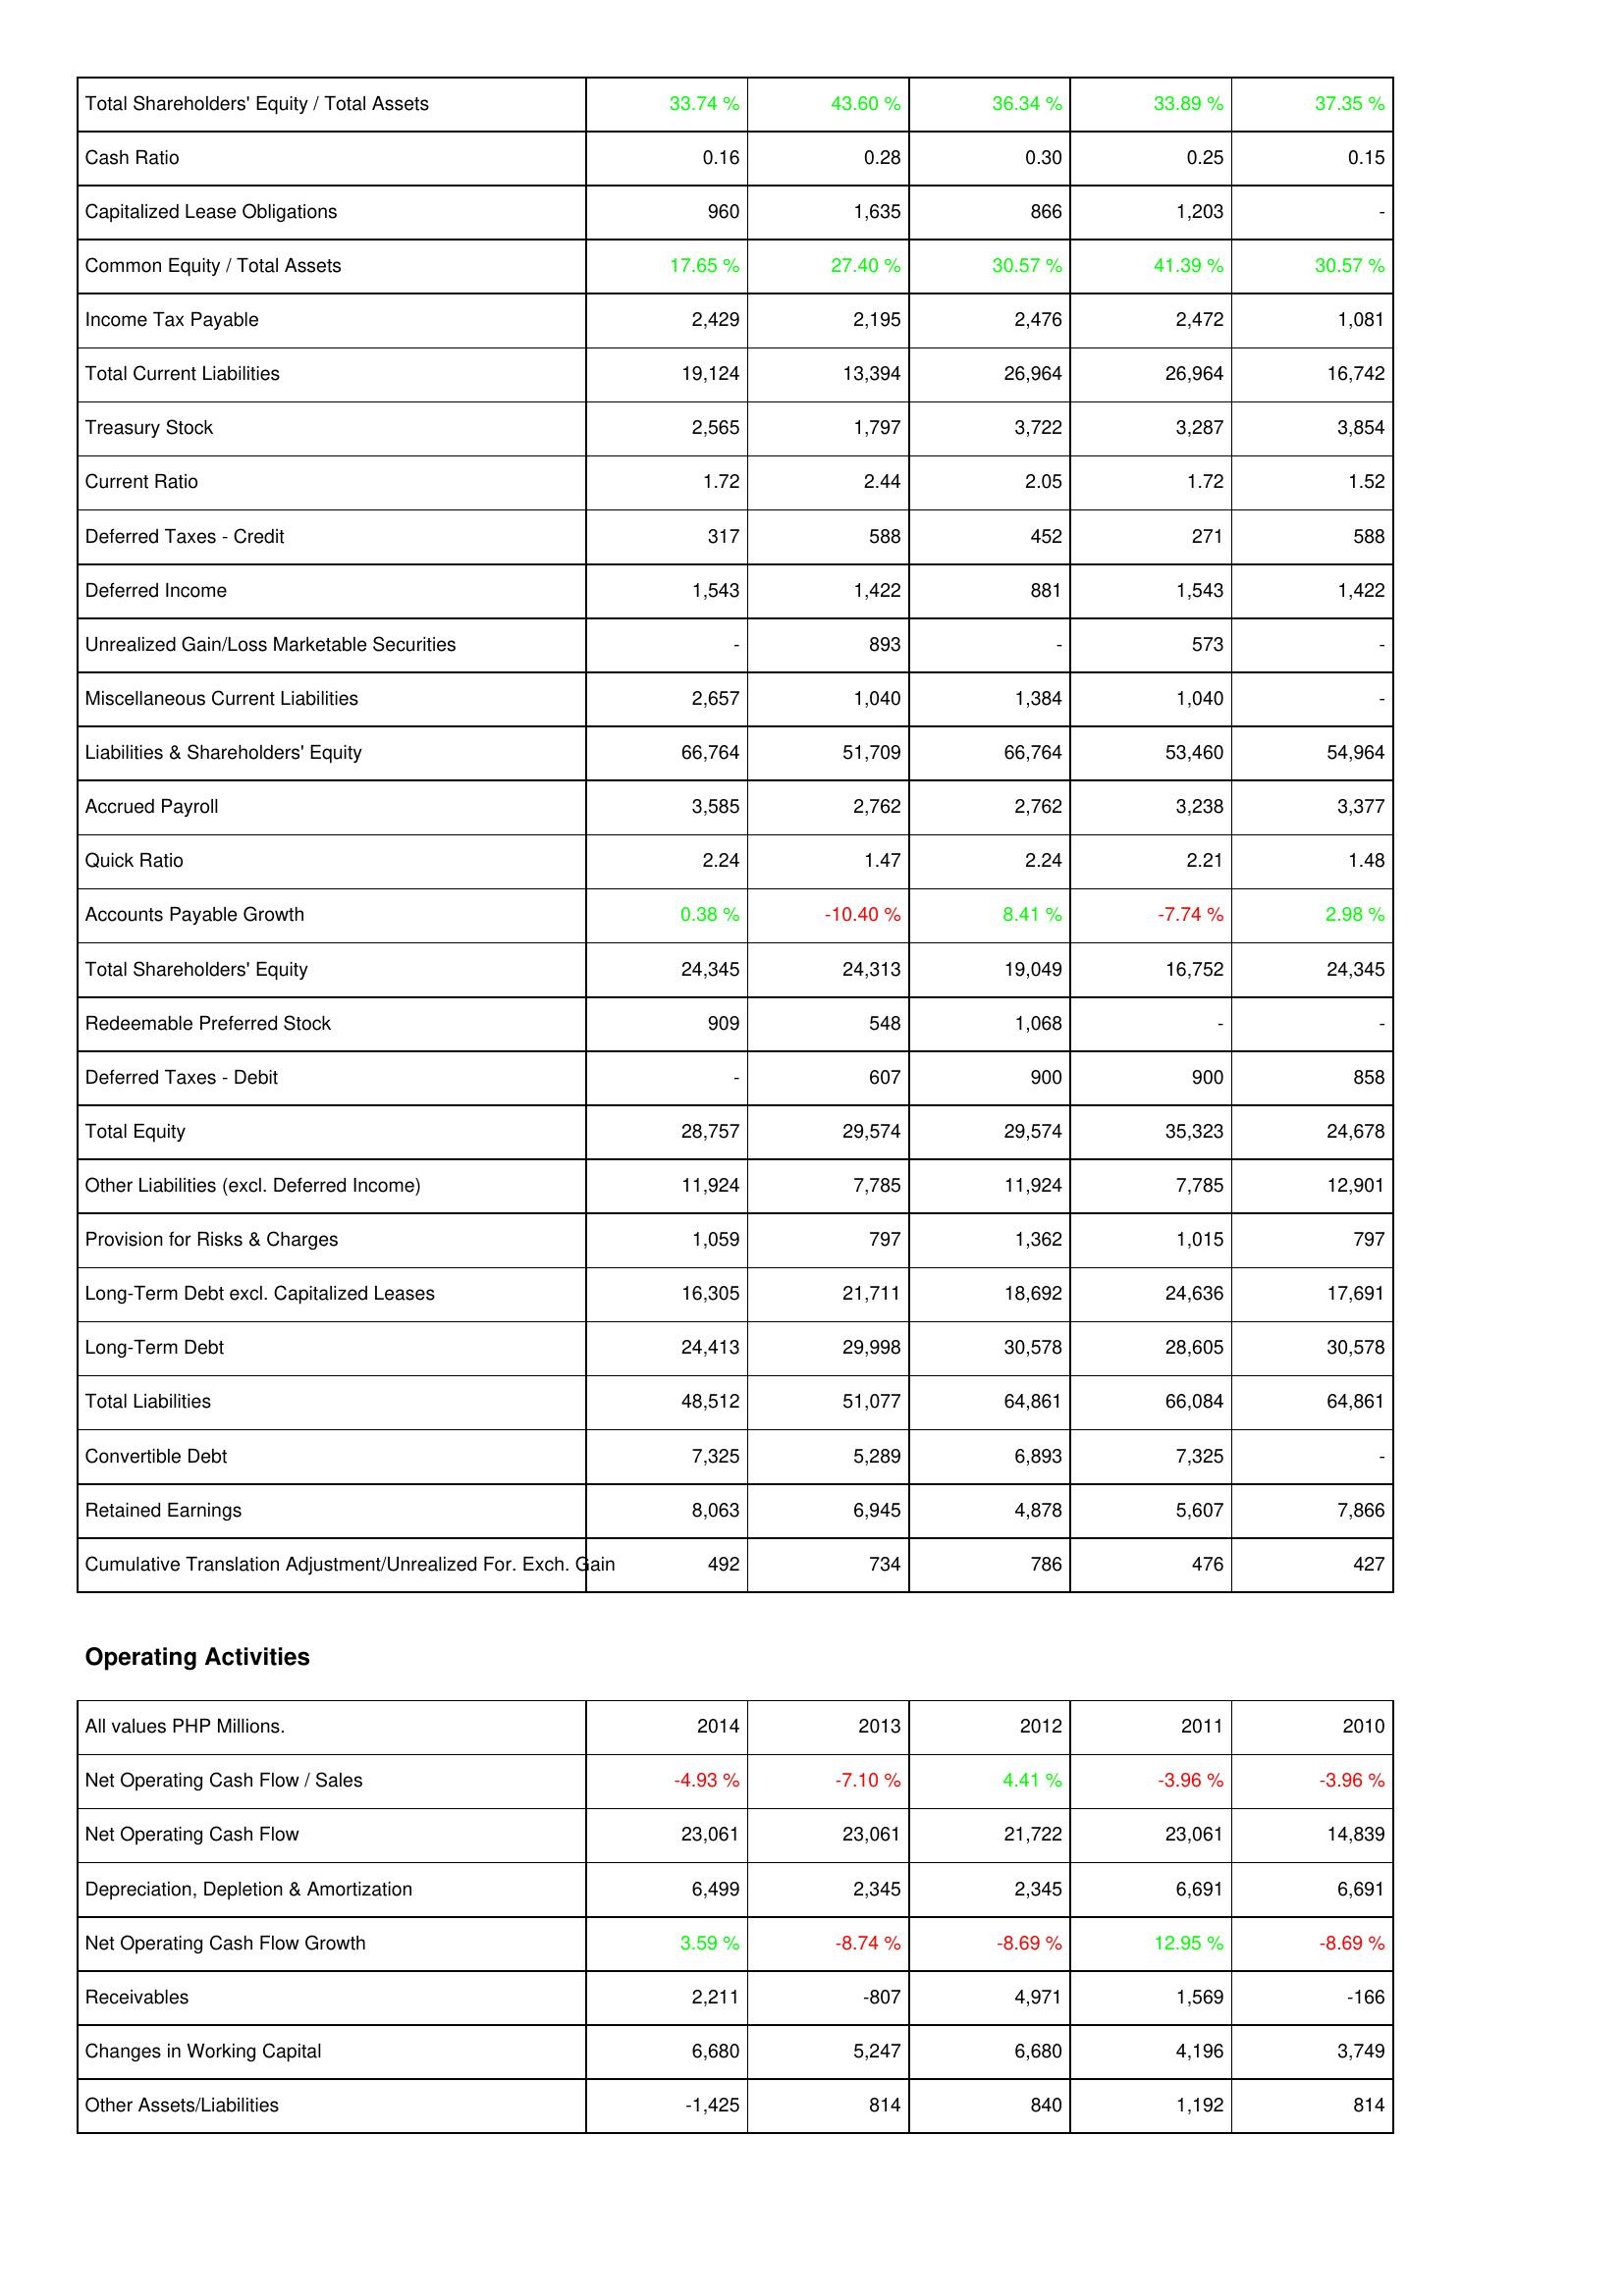
2014: Liabilities & Shareholders' Equity: Total Shareholders' Equity / Total Assets: 33.74 %
Cash Ratio: 0.16
Capitalized Lease Obligations: 960
Common Equity / Total Assets: 17.65 %
Income Tax Payable: 2,429
Total Current Liabilities: 19,124
Treasury Stock: 2,565
Current Ratio: 1.72
Deferred Taxes - Credit: 317
Deferred Income: 1,543
Unrealized Gain/Loss Marketable Securities: -
Miscellaneous Current Liabilities: 2,657
Liabilities & Shareholders' Equity: 66,764
Accrued Payroll: 3,585
Quick Ratio: 2.24
Accounts Payable Growth: 0.38 %
Total Shareholders' Equity: 24,345
Redeemable Preferred Stock: 909
Deferred Taxes - Debit: -
Total Equity: 28,757
Other Liabilities (excl. Deferred Income): 11,924
Provision for Risks & Charges: 1,059
Long-Term Debt excl. Capitalized Leases: 16,305
Long-Term Debt: 24,413
Total Liabilities: 48,512
Convertible Debt: 7,325
Retained Earnings: 8,063
Cumulative Translation Adjustment/Unrealized For. Exch. Gain: 492
Operating Activities: Net Operating Cash Flow / Sales: -4.93 %
Net Operating Cash Flow: 23,061
Depreciation, Depletion & Amortization: 6,499
Net Operating Cash Flow Growth: 3.59 %
Receivables: 2,211
Changes in Working Capital: 6,680
Other Assets/Liabilities: -1,425
2013: Liabilities & Shareholders' Equity: Total Shareholders' Equity / Total Assets: 43.60 %
Cash Ratio: 0.28
Capitalized Lease Obligations: 1,635
Common Equity / Total Assets: 27.40 %
Income Tax Payable: 2,195
Total Current Liabilities: 13,394
Treasury Stock: 1,797
Current Ratio: 2.44
Deferred Taxes - Credit: 588
Deferred Income: 1,422
Unrealized Gain/Loss Marketable Securities: 893
Miscellaneous Current Liabilities: 1,040
Liabilities & Shareholders' Equity: 51,709
Accrued Payroll: 2,762
Quick Ratio: 1.47
Accounts Payable Growth: -10.40 %
Total Shareholders' Equity: 24,313
Redeemable Preferred Stock: 548
Deferred Taxes - Debit: 607
Total Equity: 29,574
Other Liabilities (excl. Deferred Income): 7,785
Provision for Risks & Charges: 797
Long-Term Debt excl. Capitalized Leases: 21,711
Long-Term Debt: 29,998
Total Liabilities: 51,077
Convertible Debt: 5,289
Retained Earnings: 6,945
Cumulative Translation Adjustment/Unrealized For. Exch. Gain: 734
Operating Activities: Net Operating Cash Flow / Sales: -7.10 %
Net Operating Cash Flow: 23,061
Depreciation, Depletion & Amortization: 2,345
Net Operating Cash Flow Growth: -8.74 %
Receivables: -807
Changes in Working Capital: 5,247
Other Assets/Liabilities: 814
2012: Liabilities & Shareholders' Equity: Total Shareholders' Equity / Total Assets: 36.34 %
Cash Ratio: 0.30
Capitalized Lease Obligations: 866
Common Equity / Total Assets: 30.57 %
Income Tax Payable: 2,476
Total Current Liabilities: 26,964
Treasury Stock: 3,722
Current Ratio: 2.05
Deferred Taxes - Credit: 452
Deferred Income: 881
Unrealized Gain/Loss Marketable Securities: -
Miscellaneous Current Liabilities: 1,384
Liabilities & Shareholders' Equity: 66,764
Accrued Payroll: 2,762
Quick Ratio: 2.24
Accounts Payable Growth: 8.41 %
Total Shareholders' Equity: 19,049
Redeemable Preferred Stock: 1,068
Deferred Taxes - Debit: 900
Total Equity: 29,574
Other Liabilities (excl. Deferred Income): 11,924
Provision for Risks & Charges: 1,362
Long-Term Debt excl. Capitalized Leases: 18,692
Long-Term Debt: 30,578
Total Liabilities: 64,861
Convertible Debt: 6,893
Retained Earnings: 4,878
Cumulative Translation Adjustment/Unrealized For. Exch. Gain: 786
Operating Activities: Net Operating Cash Flow / Sales: 4.41 %
Net Operating Cash Flow: 21,722
Depreciation, Depletion & Amortization: 2,345
Net Operating Cash Flow Growth: -8.69 %
Receivables: 4,971
Changes in Working Capital: 6,680
Other Assets/Liabilities: 840
2011: Liabilities & Shareholders' Equity: Total Shareholders' Equity / Total Assets: 33.89 %
Cash Ratio: 0.25
Capitalized Lease Obligations: 1,203
Common Equity / Total Assets: 41.39 %
Income Tax Payable: 2,472
Total Current Liabilities: 26,964
Treasury Stock: 3,287
Current Ratio: 1.72
Deferred Taxes - Credit: 271
Deferred Income: 1,543
Unrealized Gain/Loss Marketable Securities: 573
Miscellaneous Current Liabilities: 1,040
Liabilities & Shareholders' Equity: 53,460
Accrued Payroll: 3,238
Quick Ratio: 2.21
Accounts Payable Growth: -7.74 %
Total Shareholders' Equity: 16,752
Redeemable Preferred Stock: -
Deferred Taxes - Debit: 900
Total Equity: 35,323
Other Liabilities (excl. Deferred Income): 7,785
Provision for Risks & Charges: 1,015
Long-Term Debt excl. Capitalized Leases: 24,636
Long-Term Debt: 28,605
Total Liabilities: 66,084
Convertible Debt: 7,325
Retained Earnings: 5,607
Cumulative Translation Adjustment/Unrealized For. Exch. Gain: 476
Operating Activities: Net Operating Cash Flow / Sales: -3.96 %
Net Operating Cash Flow: 23,061
Depreciation, Depletion & Amortization: 6,691
Net Operating Cash Flow Growth: 12.95 %
Receivables: 1,569
Changes in Working Capital: 4,196
Other Assets/Liabilities: 1,192
2010: Liabilities & Shareholders' Equity: Total Shareholders' Equity / Total Assets: 37.35 %
Cash Ratio: 0.15
Capitalized Lease Obligations: -
Common Equity / Total Assets: 30.57 %
Income Tax Payable: 1,081
Total Current Liabilities: 16,742
Treasury Stock: 3,854
Current Ratio: 1.52
Deferred Taxes - Credit: 588
Deferred Income: 1,422
Unrealized Gain/Loss Marketable Securities: -
Miscellaneous Current Liabilities: -
Liabilities & Shareholders' Equity: 54,964
Accrued Payroll: 3,377
Quick Ratio: 1.48
Accounts Payable Growth: 2.98 %
Total Shareholders' Equity: 24,345
Redeemable Preferred Stock: -
Deferred Taxes - Debit: 858
Total Equity: 24,678
Other Liabilities (excl. Deferred Income): 12,901
Provision for Risks & Charges: 797
Long-Term Debt excl. Capitalized Leases: 17,691
Long-Term Debt: 30,578
Total Liabilities: 64,861
Convertible Debt: -
Retained Earnings: 7,866
Cumulative Translation Adjustment/Unrealized For. Exch. Gain: 427
Operating Activities: Net Operating Cash Flow / Sales: -3.96 %
Net Operating Cash Flow: 14,839
Depreciation, Depletion & Amortization: 6,691
Net Operating Cash Flow Growth: -8.69 %
Receivables: -166
Changes in Working Capital: 3,749
Other Assets/Liabilities: 814